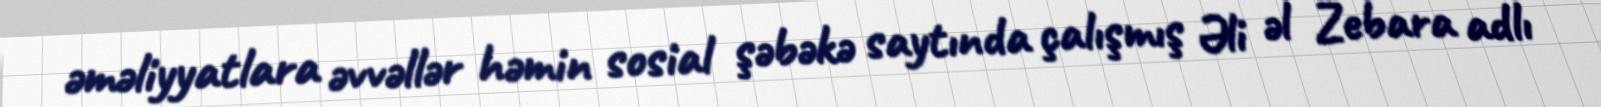
əməliyyatlara əvvəllər həmin sosial şəbəkə saytında çalışmış Əli əl Zebara adlı